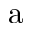
\mathrm { a }